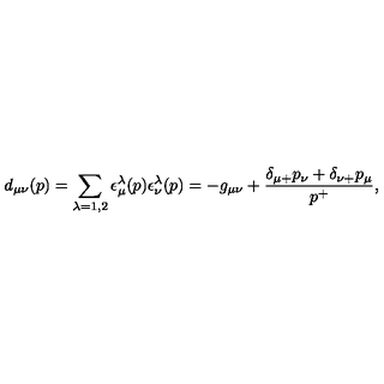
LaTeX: d _ { \mu \nu } ( p ) = \sum _ { \lambda = 1 , 2 } \epsilon _ { \mu } ^ { \lambda } ( p ) \epsilon _ { \nu } ^ { \lambda } ( p ) = - g _ { \mu \nu } + { \frac { \delta _ { \mu + } p _ { \nu } + \delta _ { \nu + } p _ { \mu } } { p ^ { + } } } ,